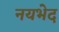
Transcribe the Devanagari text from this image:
नयभेद